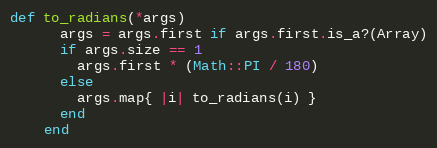
Language: Ruby
def to_radians(*args)
      args = args.first if args.first.is_a?(Array)
      if args.size == 1
        args.first * (Math::PI / 180)
      else
        args.map{ |i| to_radians(i) }
      end
    end